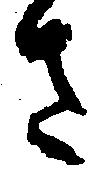
さ